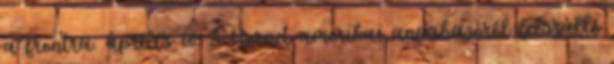
a frontra. április 18. A Hornet amerikai anyahajóról felszálló